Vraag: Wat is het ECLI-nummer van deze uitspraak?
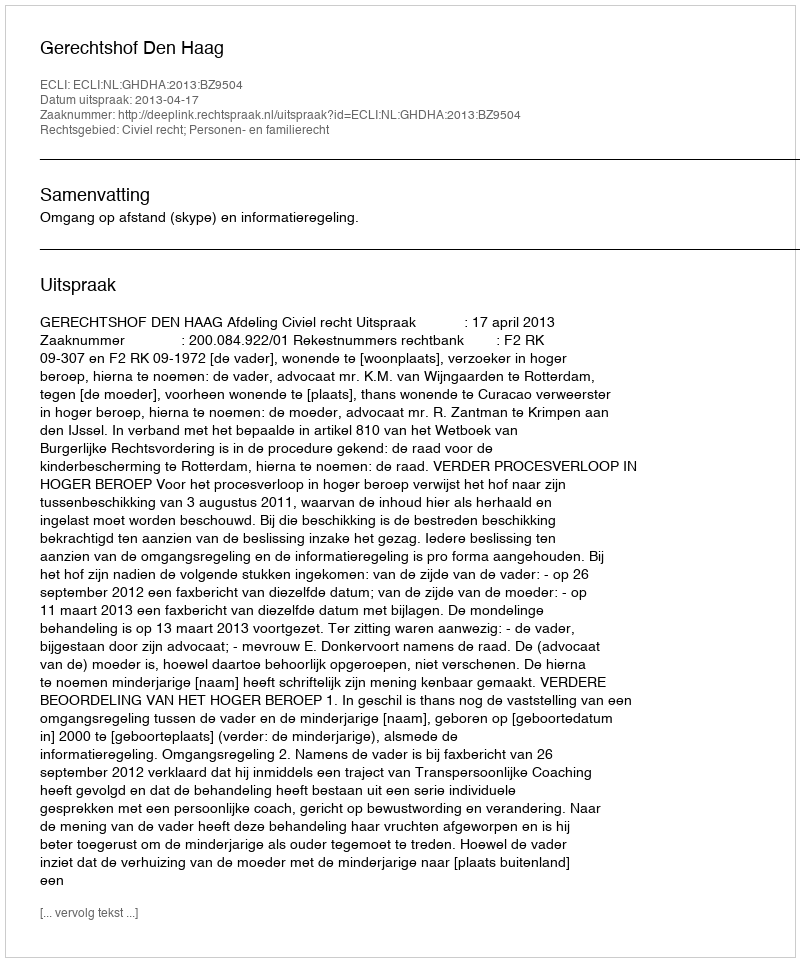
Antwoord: ECLI:NL:GHDHA:2013:BZ9504